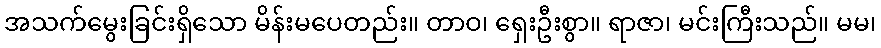
အသက်မွေးခြင်းရှိသော မိန်းမပေတည်း။ တာဝ၊ ရှေးဦးစွာ။ ရာဇာ၊ မင်းကြီးသည်။ မမ၊